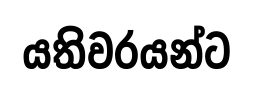
යතිවරයන්ට